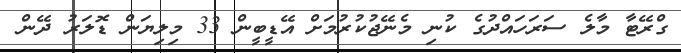
ގްރޭޓާ މާލެ ސަރަހައްދުގެ ކުނި މެނޭޖުކުރުމަށް އޭޑީބީން 33 މިލިޔަން ޑޮލަރު ދޭން